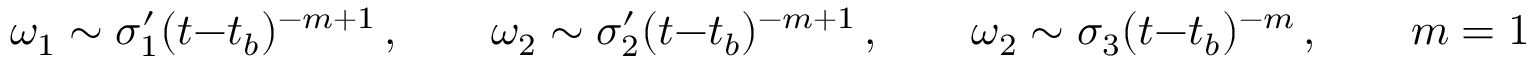
\omega _ { 1 } \sim \sigma _ { 1 } ^ { \prime } ( t - t _ { b } ) ^ { - m + 1 } \, , \qquad \omega _ { 2 } \sim \sigma _ { 2 } ^ { \prime } ( t - t _ { b } ) ^ { - m + 1 } \, , \qquad \omega _ { 2 } \sim \sigma _ { 3 } ( t - t _ { b } ) ^ { - m } \, , \qquad m = 1 , 2 , 3 \, ,